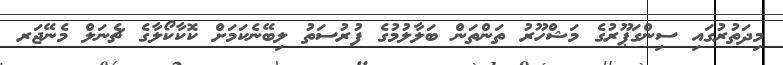
މިދަތުރުގައި ސިންގަޕޫރުގެ މަޝްހޫރު ތަންތަން ބަލާލުމުގެ ފުރުސަތު ލިބޭނެކަމަށް ކޮކާކޯލާގެ ޗެނަލް މެނޭޖަރ